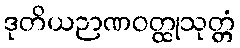
ဒုတိယဉာဏဝတ္ထုသုတ္တံ